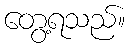
တွေ့ရသည်။